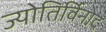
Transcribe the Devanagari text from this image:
ज्योतिर्विनोद